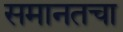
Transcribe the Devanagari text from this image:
समानतचा